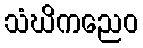
သံဃိကညေဝ